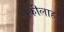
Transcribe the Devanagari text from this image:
अकीलाह